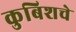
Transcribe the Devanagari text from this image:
कुबिशचे